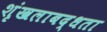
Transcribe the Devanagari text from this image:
शृंखलाबद्धता